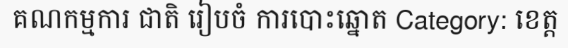
គណកម្មការ ជាតិ រៀបចំ ការបោះឆ្នោត Category: ខេត្ត